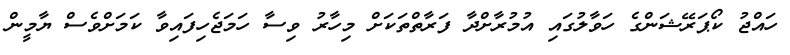
ހައްޖު ކޯޕަރޭޝަންގެ ހަވާލުގައި އުމުރާށްދާ ފަރާތްތަކަށް މިހާރު ވިސާ ހަމަޖެހިފައިވާ ކަމަށްވެސް ޔާމީން